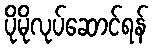
ပိုမိုလုပ်ဆောင်ရန်